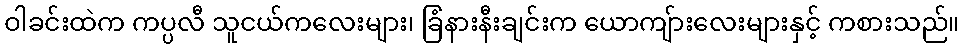
ဝါခင်းထဲက ကပ္ပလီ သူငယ်ကလေးများ၊ ခြံနားနီးချင်းက ယောကျ်ားလေးများနှင့် ကစားသည်။